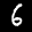
Label: 6